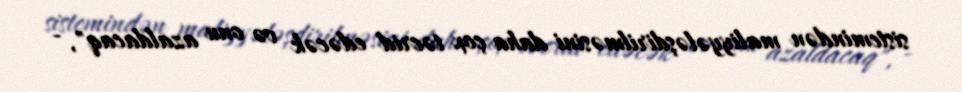
sistemindən maliyyələşdirilməsini daha çox təcrid edəcək və onu azaldacaq", -